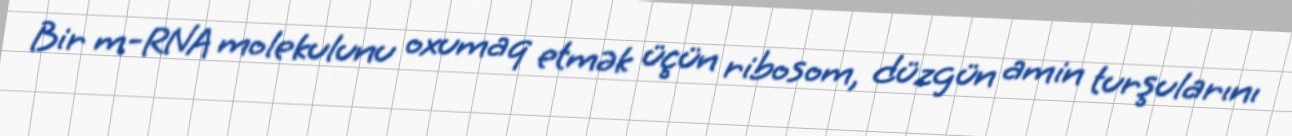
Bir m-RNA molekulunu oxumaq etmək üçün ribosom, düzgün amin turşularını